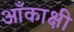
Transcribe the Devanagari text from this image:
आँकाक्षी